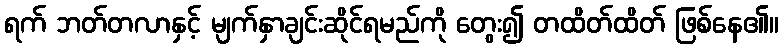
ရက် ဘတ်တလာနှင့် မျက်နှာချင်းဆိုင်ရမည်ကို တွေး၍ တထိတ်ထိတ် ဖြစ်နေ၏။